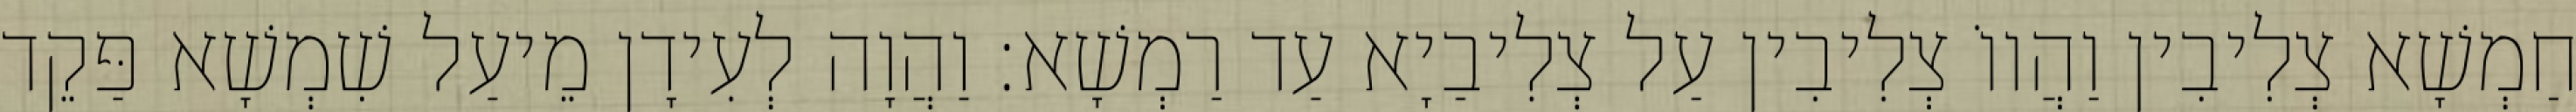
חַמְשָׁא צְלִיבִין וַהֲווֹ צְלִיבִין עַל צְלִיבַיָא עַד רַמְשָׁא׃ וַהֲוָה לְעִידָן מֵיעַל שִׁמְשָׁא פַּקֵד